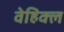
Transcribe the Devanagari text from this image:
वेहिक्ल